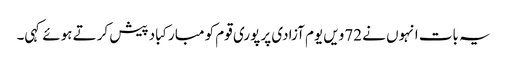
یہ بات انہوں نے 72ویں یوم آزادی پر پوری قوم کو مبارکباد پیش کرتے ہوئے کہی۔